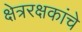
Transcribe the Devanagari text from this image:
क्षेत्ररक्षकांचे